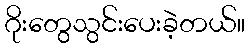
ဂိုးတွေသွင်းပေးခဲ့တယ်။